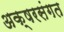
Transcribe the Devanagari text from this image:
अक्षरसंगत